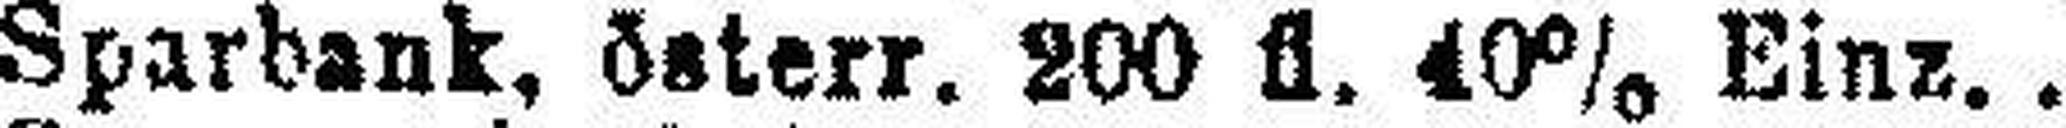
Sparbank, österr. 200 fl. 40% Einz.